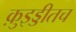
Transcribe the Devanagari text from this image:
क़ुइड्डीतच